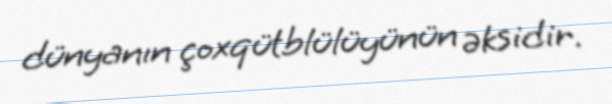
dünyanın çoxqütblülüyünün əksidir.